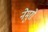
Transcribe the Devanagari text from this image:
नेमुरो